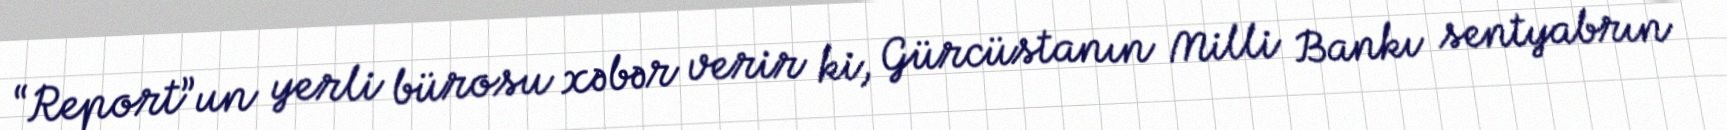
“Report”un yerli bürosu xəbər verir ki, Gürcüstanın Milli Bankı sentyabrın